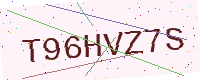
Text: T96HVZ7S